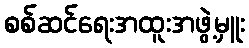
စစ်ဆင်ရေးအထူးအဖွဲ့မှူး